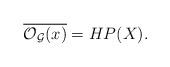
LaTeX: \begin{align*}\overline{\mathcal{O}_{\mathcal{G}}(x)}=HP(X).\end{align*}